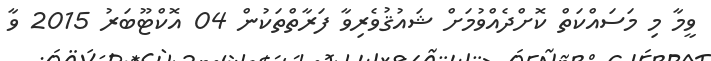
ވީމާ މި މަސައްކަތް ކޮށްދެއްވުމަށް ޝައުޤުވެރިވާ ފަރާތްތަކުން 04 އޮކްޓޫބަރު 2015 ވާ